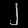
Digit: ၂